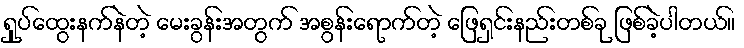
ရှုပ်ထွေးနက်နဲတဲ့ မေးခွန်းအတွက် အစွန်းရောက်တဲ့ ဖြေရှင်းနည်းတစ်ခု ဖြစ်ခဲ့ပါတယ်။